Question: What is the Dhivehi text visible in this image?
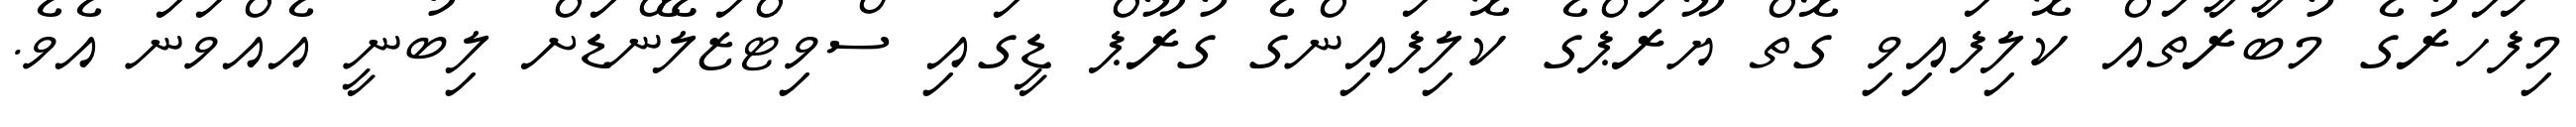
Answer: މިފަހަރުގެ މުބާރާތައް ކޮލިފައިވި ގޮތް ޔޫރަޕްގެ ކޮލިފައިންގެ ގުރޫޕް ޑީގައި ސްވިޓްޒަލޭންޑަށް ލިބުނީ އެއްވަނަ އެވެ.